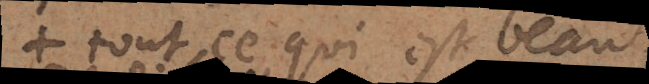
tout ce qui est beau